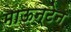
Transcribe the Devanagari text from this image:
माऊन्टेन